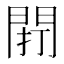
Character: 𨴆